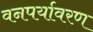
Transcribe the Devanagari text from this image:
वनपर्यावरण